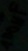
Text: 100µF